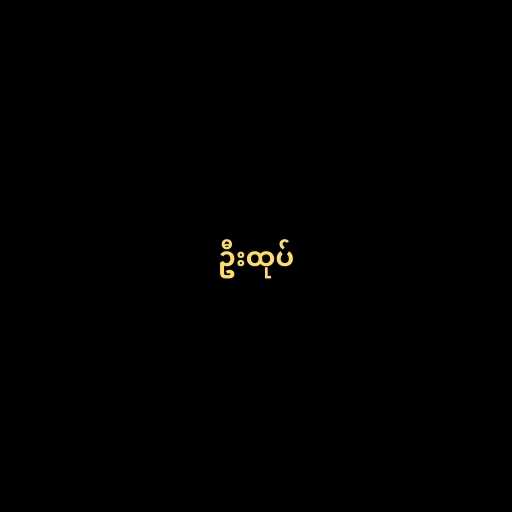
ဦးထုပ်